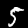
Label: 5